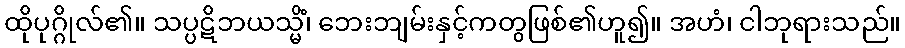
ထိုပုဂ္ဂိုလ်၏။ သပ္ပဋိဘယသ္မိံ၊ ဘေးဘျမ်းနှင့်ကတွဖြစ်၏ဟူ၍။ အဟံ၊ ငါဘုရားသည်။